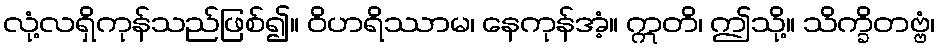
လုံ့လရှိကုန်သည်ဖြစ်၍။ ဝိဟရိဿာမ၊ နေကုန်အံ့။ ဣတိ၊ ဤသို့။ သိက္ခိတဗ္ဗံ၊